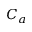
C _ { a }